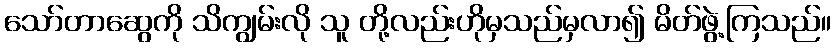
သော်တာဆွေကို သိကျွမ်းလို သူ တို့လည်းဟိုမှသည်မှလာ၍ မိတ်ဖွဲ့ကြသည်။